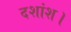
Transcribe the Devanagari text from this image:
दशांश।